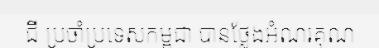
ជី ប្រចាំប្រទេសកម្ពុជា បានថ្លែងអំណរគុណ